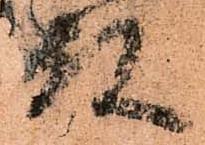
殿